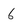
Character: 6